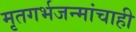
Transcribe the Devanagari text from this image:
मृतगर्भजन्मांचाही